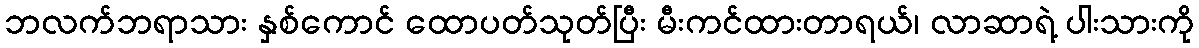
ဘလက်ဘရာသား နှစ်ကောင် ထောပတ်သုတ်ပြီး မီးကင်ထားတာရယ်၊ လာဆာရဲ့ ပါးသားကို